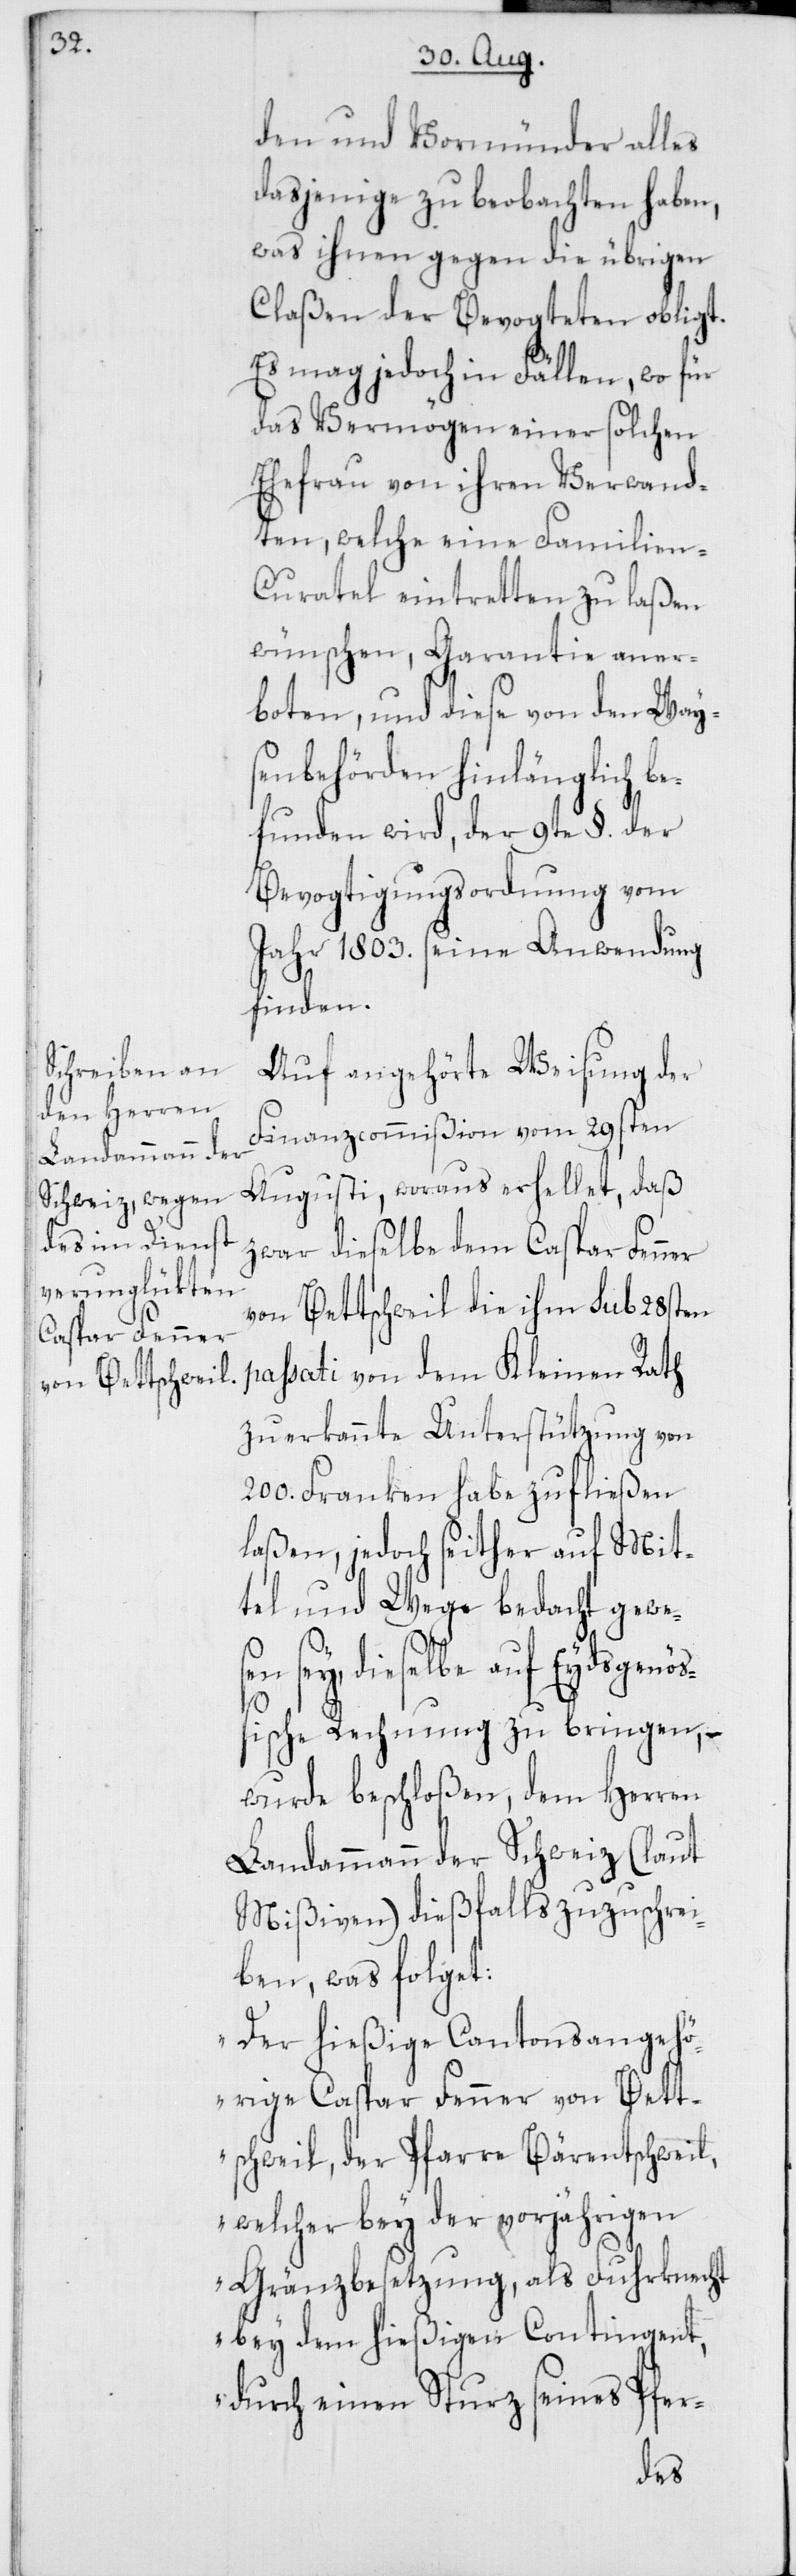
den und Vormünder alles
dasjenige zu beobachten haben,
was ihnen gegen die übrigen
Claßen der Bevogteten obliegt.
Es mag jedoch in Fällen, wo für
das Vermögen einer solchen
Ehefrau von ihren Verwand¬
ten, welche eine Familien-C¬
urathel eintretten zu laßen
wünschen, Garantie aner¬
boten, und diese von den Way¬
senbehörden hinlänglich be¬
funden wird, der 9te §. der
Bevogtigungsordnung vom
Jahr 1803. seine Anwendung
finden.
Auf angehörte Weisung der
Finanzcommißion vom 29sten
Augusti, woraus erhellet, daß
zwar dieselbe dem Caspar Fenner
von Bettschweil die ihm sub 28sten
passati von dem Kleinen Rath
zuerkannte Unterstützung von
200. Franken habe zufließen
laßen, jedoch seither auf Mit¬
tel und Wege bedacht gewese¬
n sey, dieselbe auf Eydsgenöß¬
ische Rechnung zu bringen, –
wurde beschloßen, dem Herren
Landammann der Schweiz (laut
Mißiven) dießfalls zuzuschrei¬
ben, was folget:
„Der hießige Cantonsangehö¬
rige Caspar Fenner von Bett¬
schweil, der Pfarre Bäretschweil,
welcher bey der vorjährigen
Gränzbesetzung, als Fuhrknecht
bey dem hießigen Contingent,
durch einen Sturz seines Pfer-